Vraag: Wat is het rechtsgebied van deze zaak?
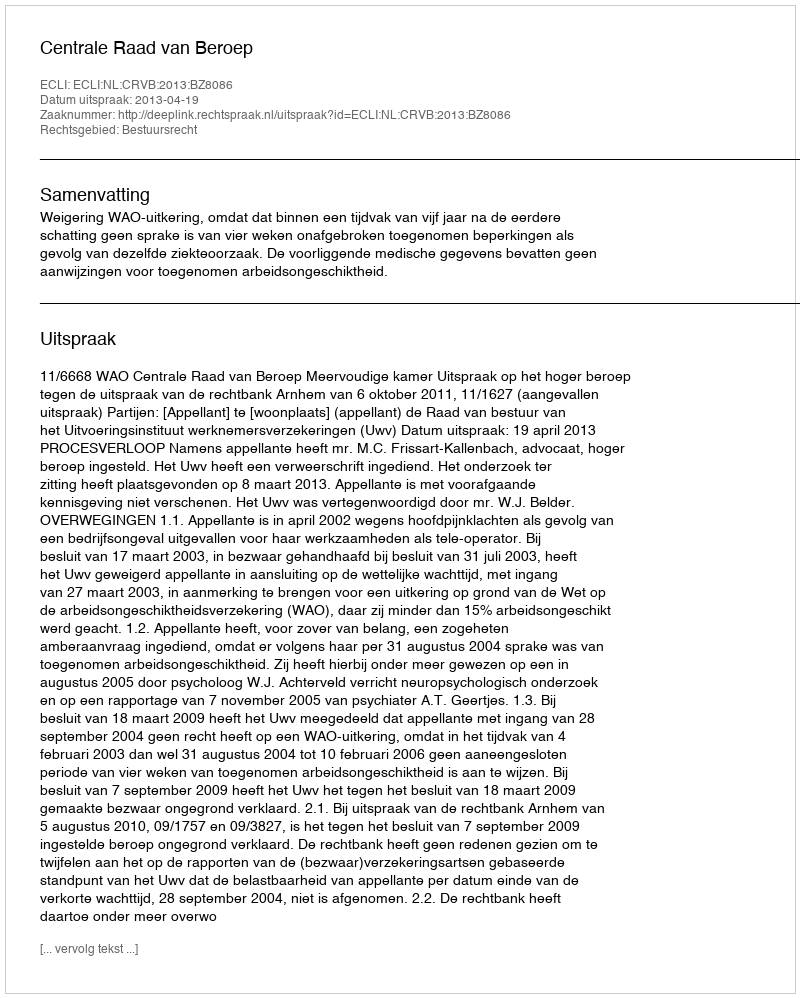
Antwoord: Bestuursrecht